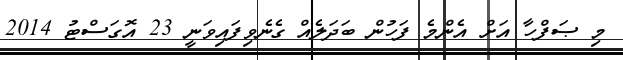
މި ޞަފްހާ އަށް އެންމެ ފަހުން ބަދަލެއް ގެނެވިފައިވަނީ 23 އޮގަސްޓު 2014